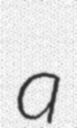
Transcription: a